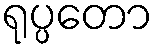
ရုပ္ပတော